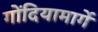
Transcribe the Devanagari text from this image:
गोंदियामार्गे